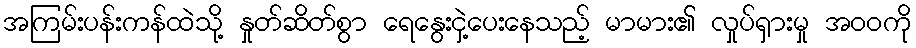
အကြမ်းပန်းကန်ထဲသို့ နှုတ်ဆိတ်စွာ ရေနွေးငှဲ့ပေးနေသည့် မာမား၏ လှုပ်ရှားမှု အဝဝကို